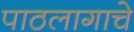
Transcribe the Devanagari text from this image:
पाठलागाचे